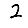
Digit: 2